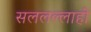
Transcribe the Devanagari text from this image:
सललल्लाहो